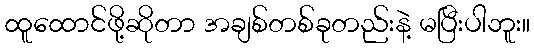
ထူထောင်ဖို့ဆိုတာ အချစ်တစ်ခုတည်းနဲ့ မပြီးပါဘူး။